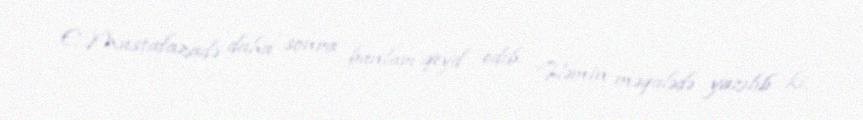
E.Mustafazadə daha sonra bunları qeyd edib: “Həmin məqalədə yazılıb ki,